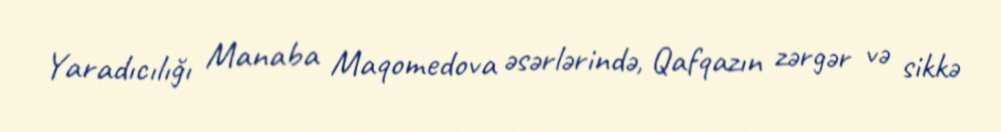
Yaradıcılığı Manaba Maqomedova əsərlərində, Qafqazın zərgər və sikkə